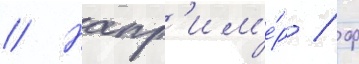
// Напр'им'е́р / ф